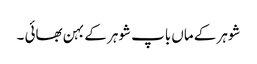
شوہر کے ماں باپ شوہر کے بہن بھائی ۔